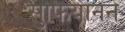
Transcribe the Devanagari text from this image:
सुफियानने